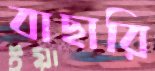
বাছারি